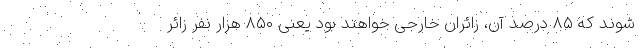
شوند که ۸۵ درصد آن، زائران خارجی خواهند بود یعنی ۸۵۰ هزار نفر زائر